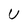
Character: U